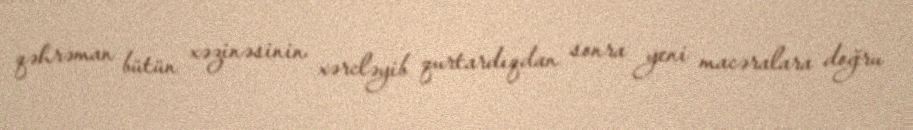
qəhrəman bütün xəzinəsinin xərcləyib qurtardıqdan sonra yeni macəralara doğru